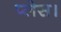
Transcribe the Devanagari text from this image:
प्‍लेस।